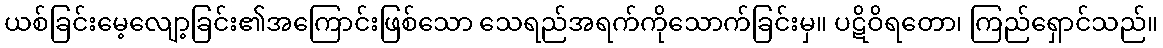
ယစ်ခြင်းမေ့လျော့ခြင်း၏အကြောင်းဖြစ်သော သေရည်အရက်ကိုသောက်ခြင်းမှ။ ပဋိဝိရတော၊ ကြည်ရှောင်သည်။